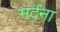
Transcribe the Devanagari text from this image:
मर्दना